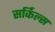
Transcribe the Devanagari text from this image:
सर्किल्स